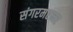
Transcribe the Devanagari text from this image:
संगरमरमर